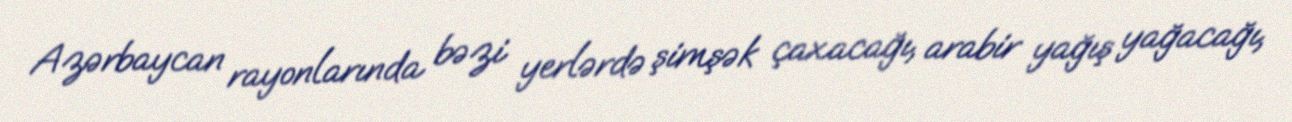
Azərbaycan rayonlarında bəzi yerlərdə şimşək çaxacağı, arabir yağış yağacağı,